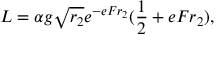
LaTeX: L = \alpha g \sqrt { r _ { 2 } } e ^ { - e F r _ { 2 } } ( { \frac { 1 } { 2 } } + e F r _ { 2 } ) ,